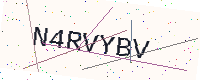
Text: N4RVYBV